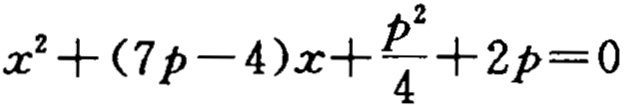
\(x^{2}+(7p - 4)x+\frac{p^{2}}{4}+2p = 0\)